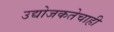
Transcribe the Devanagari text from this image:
उद्योजकतेचाही